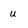
Character: u